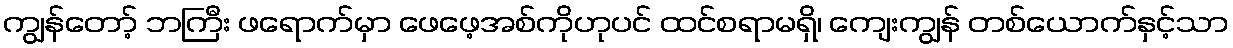
ကျွန်တော့် ဘကြီး ဖရောက်မှာ ဖေဖေ့အစ်ကိုဟုပင် ထင်စရာမရှိ၊ ကျေးကျွန် တစ်ယောက်နှင့်သာ